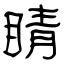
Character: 睛